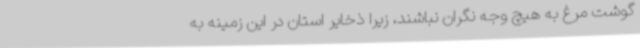
گوشت مرغ به هیچ وجه نگران نباشند، زیرا ذخایر استان در این زمینه به